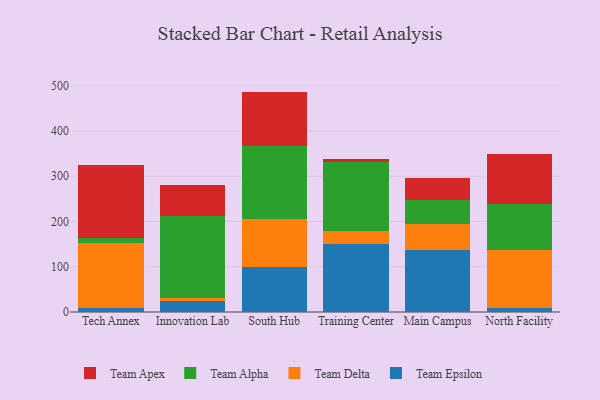
{"axis": {"x": "Campus", "y": "Waste Production (Tons)"}, "legend": ["Team Alpha", "Team Apex", "Team Delta", "Team Epsilon"], "data": [{"x": "Tech Annex", "y": 8.4, "type": "Team Epsilon"}, {"x": "Tech Annex", "y": 143.6, "type": "Team Delta"}, {"x": "Tech Annex", "y": 12.1, "type": "Team Alpha"}, {"x": "Tech Annex", "y": 161.5, "type": "Team Apex"}, {"x": "Innovation Lab", "y": 25.1, "type": "Team Epsilon"}, {"x": "Innovation Lab", "y": 6.7, "type": "Team Delta"}, {"x": "Innovation Lab", "y": 179.5, "type": "Team Alpha"}, {"x": "Innovation Lab", "y": 69.8, "type": "Team Apex"}, {"x": "South Hub", "y": 99.8, "type": "Team Epsilon"}, {"x": "South Hub", "y": 105.2, "type": "Team Delta"}, {"x": "South Hub", "y": 161.7, "type": "Team Alpha"}, {"x": "South Hub", "y": 120.3, "type": "Team Apex"}, {"x": "Training Center", "y": 150.9, "type": "Team Epsilon"}, {"x": "Training Center", "y": 28.2, "type": "Team Delta"}, {"x": "Training Center", "y": 152.7, "type": "Team Alpha"}, {"x": "Training Center", "y": 5.7, "type": "Team Apex"}, {"x": "Main Campus", "y": 136.5, "type": "Team Epsilon"}, {"x": "Main Campus", "y": 58.8, "type": "Team Delta"}, {"x": "Main Campus", "y": 52.3, "type": "Team Alpha"}, {"x": "Main Campus", "y": 49.6, "type": "Team Apex"}, {"x": "North Facility", "y": 7.8, "type": "Team Epsilon"}, {"x": "North Facility", "y": 129.9, "type": "Team Delta"}, {"x": "North Facility", "y": 100.7, "type": "Team Alpha"}, {"x": "North Facility", "y": 111.2, "type": "Team Apex"}]}